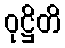
ဝုဋ္ဌိတိ